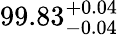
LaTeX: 99.83_{-0.04}^{~\! +0.04}